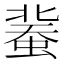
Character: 𧎕